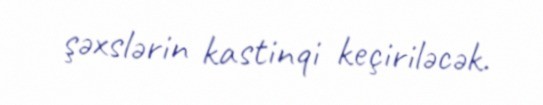
şəxslərin kastinqi keçiriləcək.